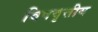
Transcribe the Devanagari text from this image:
विषवृत्तीय